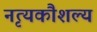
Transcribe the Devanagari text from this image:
नृत्यकौशल्य